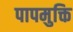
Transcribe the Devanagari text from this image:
पापमुक्ति